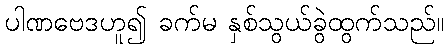
ပါဏဗေဒဟူ၍ ခက်မ နှစ်သွယ်ခွဲထွက်သည်။